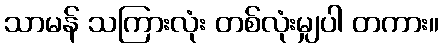
သာမန် သကြားလုံး တစ်လုံးမျှပါ တကား။